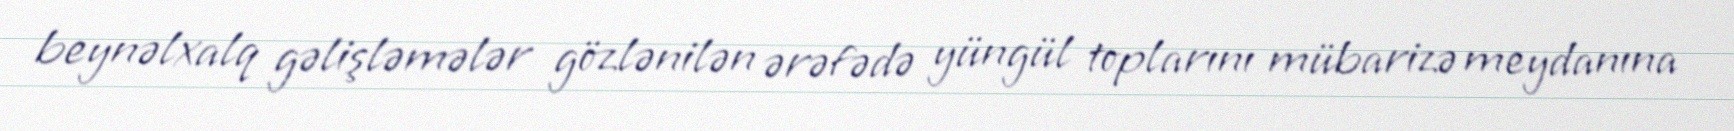
beynəlxalq gəlişləmələr gözlənilən ərəfədə yüngül toplarını mübarizə meydanına